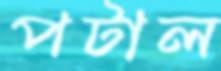
পটাল